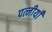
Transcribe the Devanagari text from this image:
पत्नीयाँ